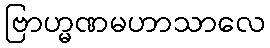
ဗြာဟ္မဏမဟာသာလေ